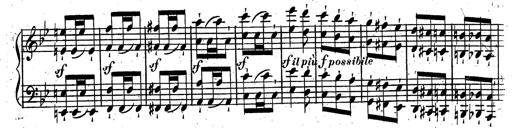
Title: Rondeau fantastique sur un thÃ¨me espagnol
Composer: Franz Liszt